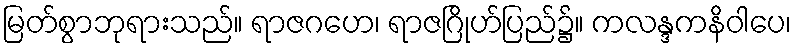
မြတ်စွာဘုရားသည်။ ရာဇဂဟေ၊ ရာဇဂြိုဟ်ပြည်၌။ ကလန္ဒကနိဝါပေ၊